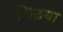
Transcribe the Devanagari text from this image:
चिठया